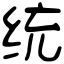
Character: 统